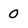
Character: 0